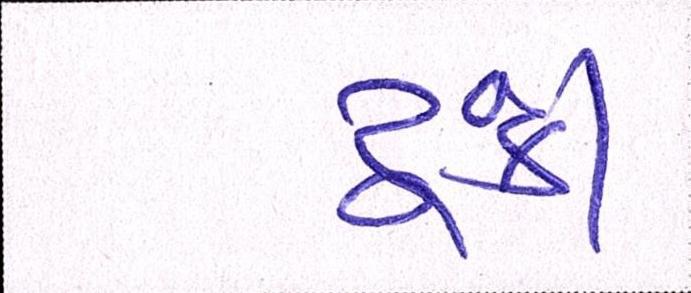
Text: ટૂંકી